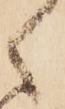
く